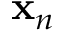
{ \bf x } _ { n }